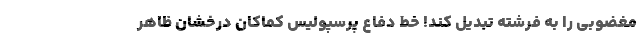
مغضوبی را به فرشته تبدیل کند! خط دفاع پرسپولیس کماکان درخشان ظاهر